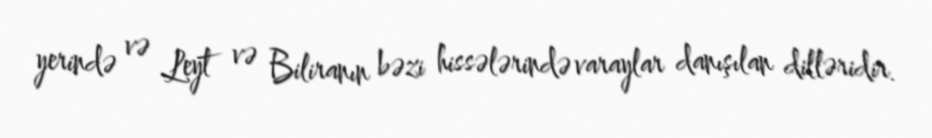
yerində və Leyt və Biliranın bəzi hissələrində varaylar danışılan dilləridir.